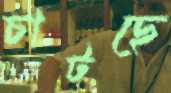
চাটছে